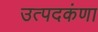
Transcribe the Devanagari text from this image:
उत्पदकंणा